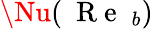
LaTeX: \Nu(\mathrm{~{~R~e~}~}_{b})